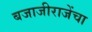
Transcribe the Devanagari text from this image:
बजाजीराजेंचा